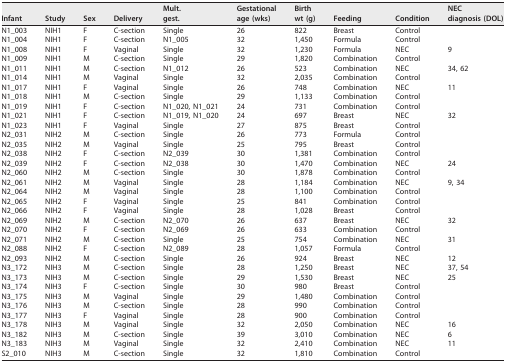
<table><thead><tr><td><b>Infant</b></td><td><b>Study</b></td><td><b>Sex</b></td><td><b>Delivery</b></td><td><b>Mult.gest.</b></td><td><b>Gestationalage (wks)</b></td><td><b>Birthwt (g)</b></td><td><b>Feeding</b></td><td><b>Condition</b></td><td><b>NECdiagnosis (DOL)</b></td></tr></thead><tbody><tr><td>N1_003</td><td>NIH1</td><td>F</td><td>C-section</td><td>Single</td><td>26</td><td>822</td><td>Breast</td><td>Control</td><td></td></tr><tr><td>N1_004</td><td>NIH1</td><td>F</td><td>C-section</td><td>N1_005</td><td>32</td><td>1,450</td><td>Formula</td><td>Control</td><td></td></tr><tr><td>N1_008</td><td>NIH1</td><td>F</td><td>Vaginal</td><td>Single</td><td>32</td><td>1,230</td><td>Formula</td><td>NEC</td><td>9</td></tr><tr><td>N1_009</td><td>NIH1</td><td>M</td><td>C-section</td><td>Single</td><td>29</td><td>1,820</td><td>Combination</td><td>Control</td><td></td></tr><tr><td>N1_011</td><td>NIH1</td><td>M</td><td>C-section</td><td>N1_012</td><td>26</td><td>523</td><td>Combination</td><td>NEC</td><td>34, 62</td></tr><tr><td>N1_014</td><td>NIH1</td><td>M</td><td>Vaginal</td><td>Single</td><td>32</td><td>2,035</td><td>Combination</td><td>Control</td><td></td></tr><tr><td>N1_017</td><td>NIH1</td><td>F</td><td>Vaginal</td><td>Single</td><td>26</td><td>748</td><td>Combination</td><td>NEC</td><td>11</td></tr><tr><td>N1_018</td><td>NIH1</td><td>M</td><td>C-section</td><td>Single</td><td>29</td><td>1,133</td><td>Combination</td><td>Control</td><td></td></tr><tr><td>N1_019</td><td>NIH1</td><td>F</td><td>C-section</td><td>N1_020, N1_021</td><td>24</td><td>731</td><td>Combination</td><td>Control</td><td></td></tr><tr><td>N1_021</td><td>NIH1</td><td>F</td><td>C-section</td><td>N1_019, N1_020</td><td>24</td><td>697</td><td>Breast</td><td>NEC</td><td>32</td></tr><tr><td>N1_023</td><td>NIH1</td><td>F</td><td>Vaginal</td><td>Single</td><td>27</td><td>875</td><td>Breast</td><td>Control</td><td></td></tr><tr><td>N2_031</td><td>NIH2</td><td>M</td><td>C-section</td><td>Single</td><td>26</td><td>773</td><td>Formula</td><td>Control</td><td></td></tr><tr><td>N2_035</td><td>NIH2</td><td>M</td><td>Vaginal</td><td>Single</td><td>25</td><td>795</td><td>Breast</td><td>Control</td><td></td></tr><tr><td>N2_038</td><td>NIH2</td><td>F</td><td>C-section</td><td>N2_039</td><td>30</td><td>1,381</td><td>Combination</td><td>Control</td><td></td></tr><tr><td>N2_039</td><td>NIH2</td><td>F</td><td>C-section</td><td>N2_038</td><td>30</td><td>1,470</td><td>Combination</td><td>NEC</td><td>24</td></tr><tr><td>N2_060</td><td>NIH2</td><td>M</td><td>C-section</td><td>Single</td><td>30</td><td>1,878</td><td>Combination</td><td>Control</td><td></td></tr><tr><td>N2_061</td><td>NIH2</td><td>M</td><td>Vaginal</td><td>Single</td><td>28</td><td>1,184</td><td>Combination</td><td>NEC</td><td>9, 34</td></tr><tr><td>N2_064</td><td>NIH2</td><td>M</td><td>Vaginal</td><td>Single</td><td>28</td><td>1,100</td><td>Combination</td><td>Control</td><td></td></tr><tr><td>N2_065</td><td>NIH2</td><td>F</td><td>Vaginal</td><td>Single</td><td>25</td><td>841</td><td>Combination</td><td>Control</td><td></td></tr><tr><td>N2_066</td><td>NIH2</td><td>F</td><td>Vaginal</td><td>Single</td><td>28</td><td>1,028</td><td>Breast</td><td>Control</td><td></td></tr><tr><td>N2_069</td><td>NIH2</td><td>M</td><td>C-section</td><td>N2_070</td><td>26</td><td>637</td><td>Breast</td><td>NEC</td><td>32</td></tr><tr><td>N2_070</td><td>NIH2</td><td>F</td><td>C-section</td><td>N2_069</td><td>26</td><td>633</td><td>Combination</td><td>Control</td><td></td></tr><tr><td>N2_071</td><td>NIH2</td><td>M</td><td>C-section</td><td>Single</td><td>25</td><td>754</td><td>Combination</td><td>NEC</td><td>31</td></tr><tr><td>N2_088</td><td>NIH2</td><td>F</td><td>C-section</td><td>N2_089</td><td>28</td><td>1,057</td><td>Formula</td><td>Control</td><td></td></tr><tr><td>N2_093</td><td>NIH2</td><td>M</td><td>C-section</td><td>Single</td><td>26</td><td>924</td><td>Breast</td><td>NEC</td><td>12</td></tr><tr><td>N3_172</td><td>NIH3</td><td>M</td><td>C-section</td><td>Single</td><td>28</td><td>1,250</td><td>Breast</td><td>NEC</td><td>37, 54</td></tr><tr><td>N3_173</td><td>NIH3</td><td>M</td><td>C-section</td><td>Single</td><td>29</td><td>1,530</td><td>Breast</td><td>NEC</td><td>25</td></tr><tr><td>N3_174</td><td>NIH3</td><td>F</td><td>C-section</td><td>Single</td><td>30</td><td>980</td><td>Breast</td><td>Control</td><td></td></tr><tr><td>N3_175</td><td>NIH3</td><td>M</td><td>Vaginal</td><td>Single</td><td>29</td><td>1,480</td><td>Combination</td><td>Control</td><td></td></tr><tr><td>N3_176</td><td>NIH3</td><td>M</td><td>C-section</td><td>Single</td><td>28</td><td>990</td><td>Combination</td><td>Control</td><td></td></tr><tr><td>N3_177</td><td>NIH3</td><td>F</td><td>Vaginal</td><td>Single</td><td>28</td><td>900</td><td>Combination</td><td>Control</td><td></td></tr><tr><td>N3_178</td><td>NIH3</td><td>M</td><td>Vaginal</td><td>Single</td><td>32</td><td>2,050</td><td>Combination</td><td>NEC</td><td>16</td></tr><tr><td>N3_182</td><td>NIH3</td><td>M</td><td>C-section</td><td>Single</td><td>39</td><td>3,010</td><td>Combination</td><td>NEC</td><td>6</td></tr><tr><td>N3_183</td><td>NIH3</td><td>M</td><td>Vaginal</td><td>Single</td><td>32</td><td>2,410</td><td>Combination</td><td>NEC</td><td>11</td></tr><tr><td>S2_010</td><td>NIH3</td><td>M</td><td>C-section</td><td>Single</td><td>32</td><td>1,810</td><td>Combination</td><td>Control</td><td></td></tr></tbody></table>